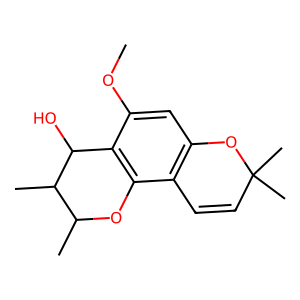
SMILES: COc1cc2c(c3c1C(O)C(C)C(C)O3)C=CC(C)(C)O2
Inhibits HIV replication: No